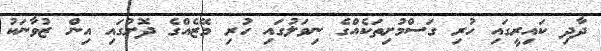
ދާދި ކައިރީގައި ހުރި ގަސްމުށިތަކެއްގެ ނިވަލުގައި ހުރި މޭޒެއްގެ ދޮށުގައި އިން ޒުވާނަކު